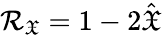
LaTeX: \mathcal{R}_{\mathfrak{X}}=1-2\hat{\mathfrak{X}}